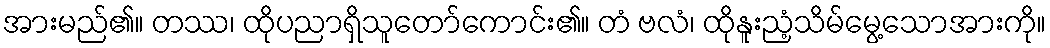
အားမည်၏။ တဿ၊ ထိုပညာရှိသူတော်ကောင်း၏။ တံ ဗလံ၊ ထိုနူးညံ့သိမ်မွေ့သောအားကို။